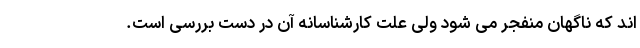
اند که ناگهان منفجر می شود ولی علت کارشناسانه آن در دست بررسی است.